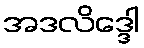
အဒလိဒ္ဒေါ